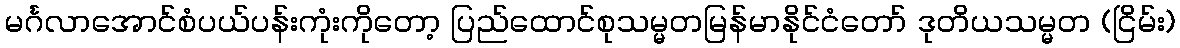
မင်္ဂလာအောင်စံပယ်ပန်းကုံးကိုတော့ ပြည်ထောင်စုသမ္မတမြန်မာနိုင်ငံတော် ဒုတိယသမ္မတ (ငြိမ်း)